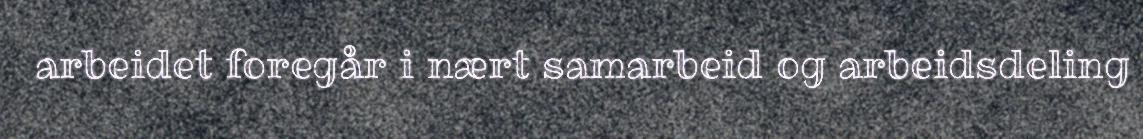
arbeidet foregår i nært samarbeid og arbeidsdeling